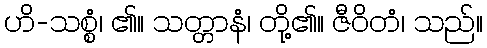
ဟိ-သစ္စံ၊ ၏။ သတ္တာနံ၊ တို့၏။ ဇီဝိတံ၊ သည်။